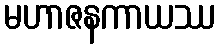
မဟာဇနကာယဿ